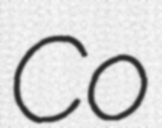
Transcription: Co